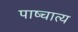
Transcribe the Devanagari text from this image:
पाष्चात्य